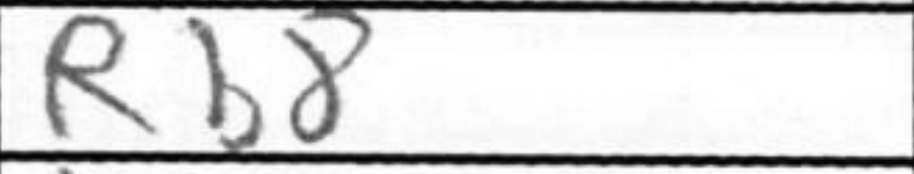
Transcription: Rb8